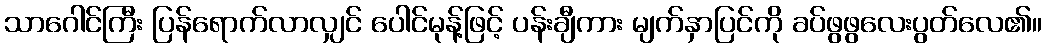
သာဂေါင်ကြီး ပြန်ရောက်လာလျှင် ပေါင်မုန့်ဖြင့် ပန်းချီကား မျက်နှာပြင်ကို ခပ်ဖွဖွလေးပွတ်လေ၏။